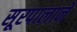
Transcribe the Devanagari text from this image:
सूरपालाने